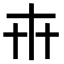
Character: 𠦃